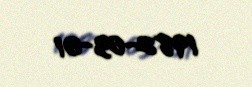
1982-03-01